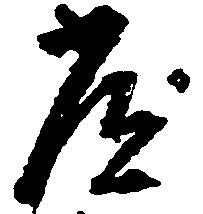
常